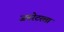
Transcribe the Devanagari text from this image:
जनरेटरला